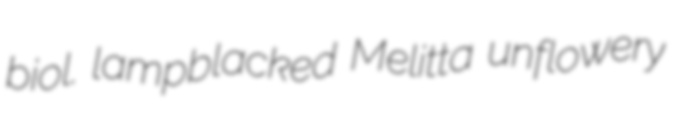
biol. lampblacked Melitta unflowery